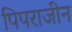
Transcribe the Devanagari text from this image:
पिपराजीन